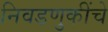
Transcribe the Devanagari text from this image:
निवडणुकींचे